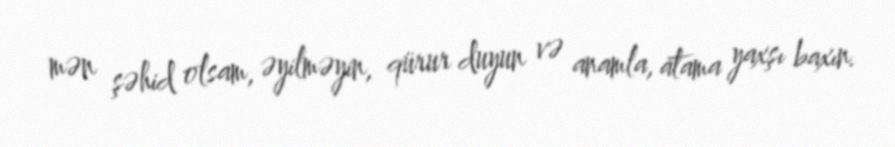
mən şəhid olsam, əyilməyin, qürur duyun və anamla, atama yaxşı baxın.